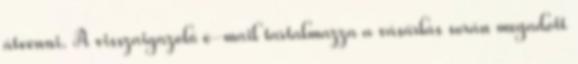
átvenni. A visszaigazoló e-mail tartalmazza a vásárlás során megadott